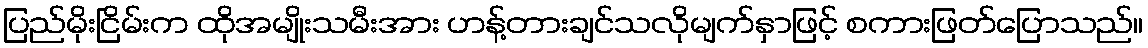
ပြည်မိုးငြိမ်းက ထိုအမျိုးသမီးအား ဟန့်တားချင်သလိုမျက်နှာဖြင့် စကားဖြတ်ပြောသည်။